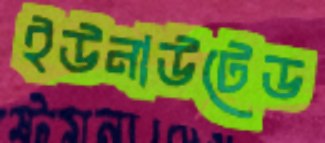
ইউনাউটেড